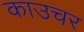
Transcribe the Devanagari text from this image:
काउचर